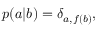
\begin{array} { r } { p ( a | b ) = \delta _ { a , f ( b ) } , } \end{array}